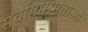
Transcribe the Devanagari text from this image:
सर्वागासमताओं